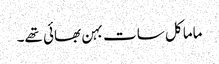
ماما کل سات بہن بھائی تھے۔